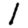
Digit: 1